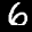
Label: 6